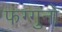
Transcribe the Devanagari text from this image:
फग्गुनो